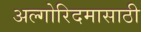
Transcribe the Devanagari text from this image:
अल्गोरिदमासाठी